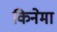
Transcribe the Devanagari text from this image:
किनेमा